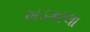
ખડકાલા